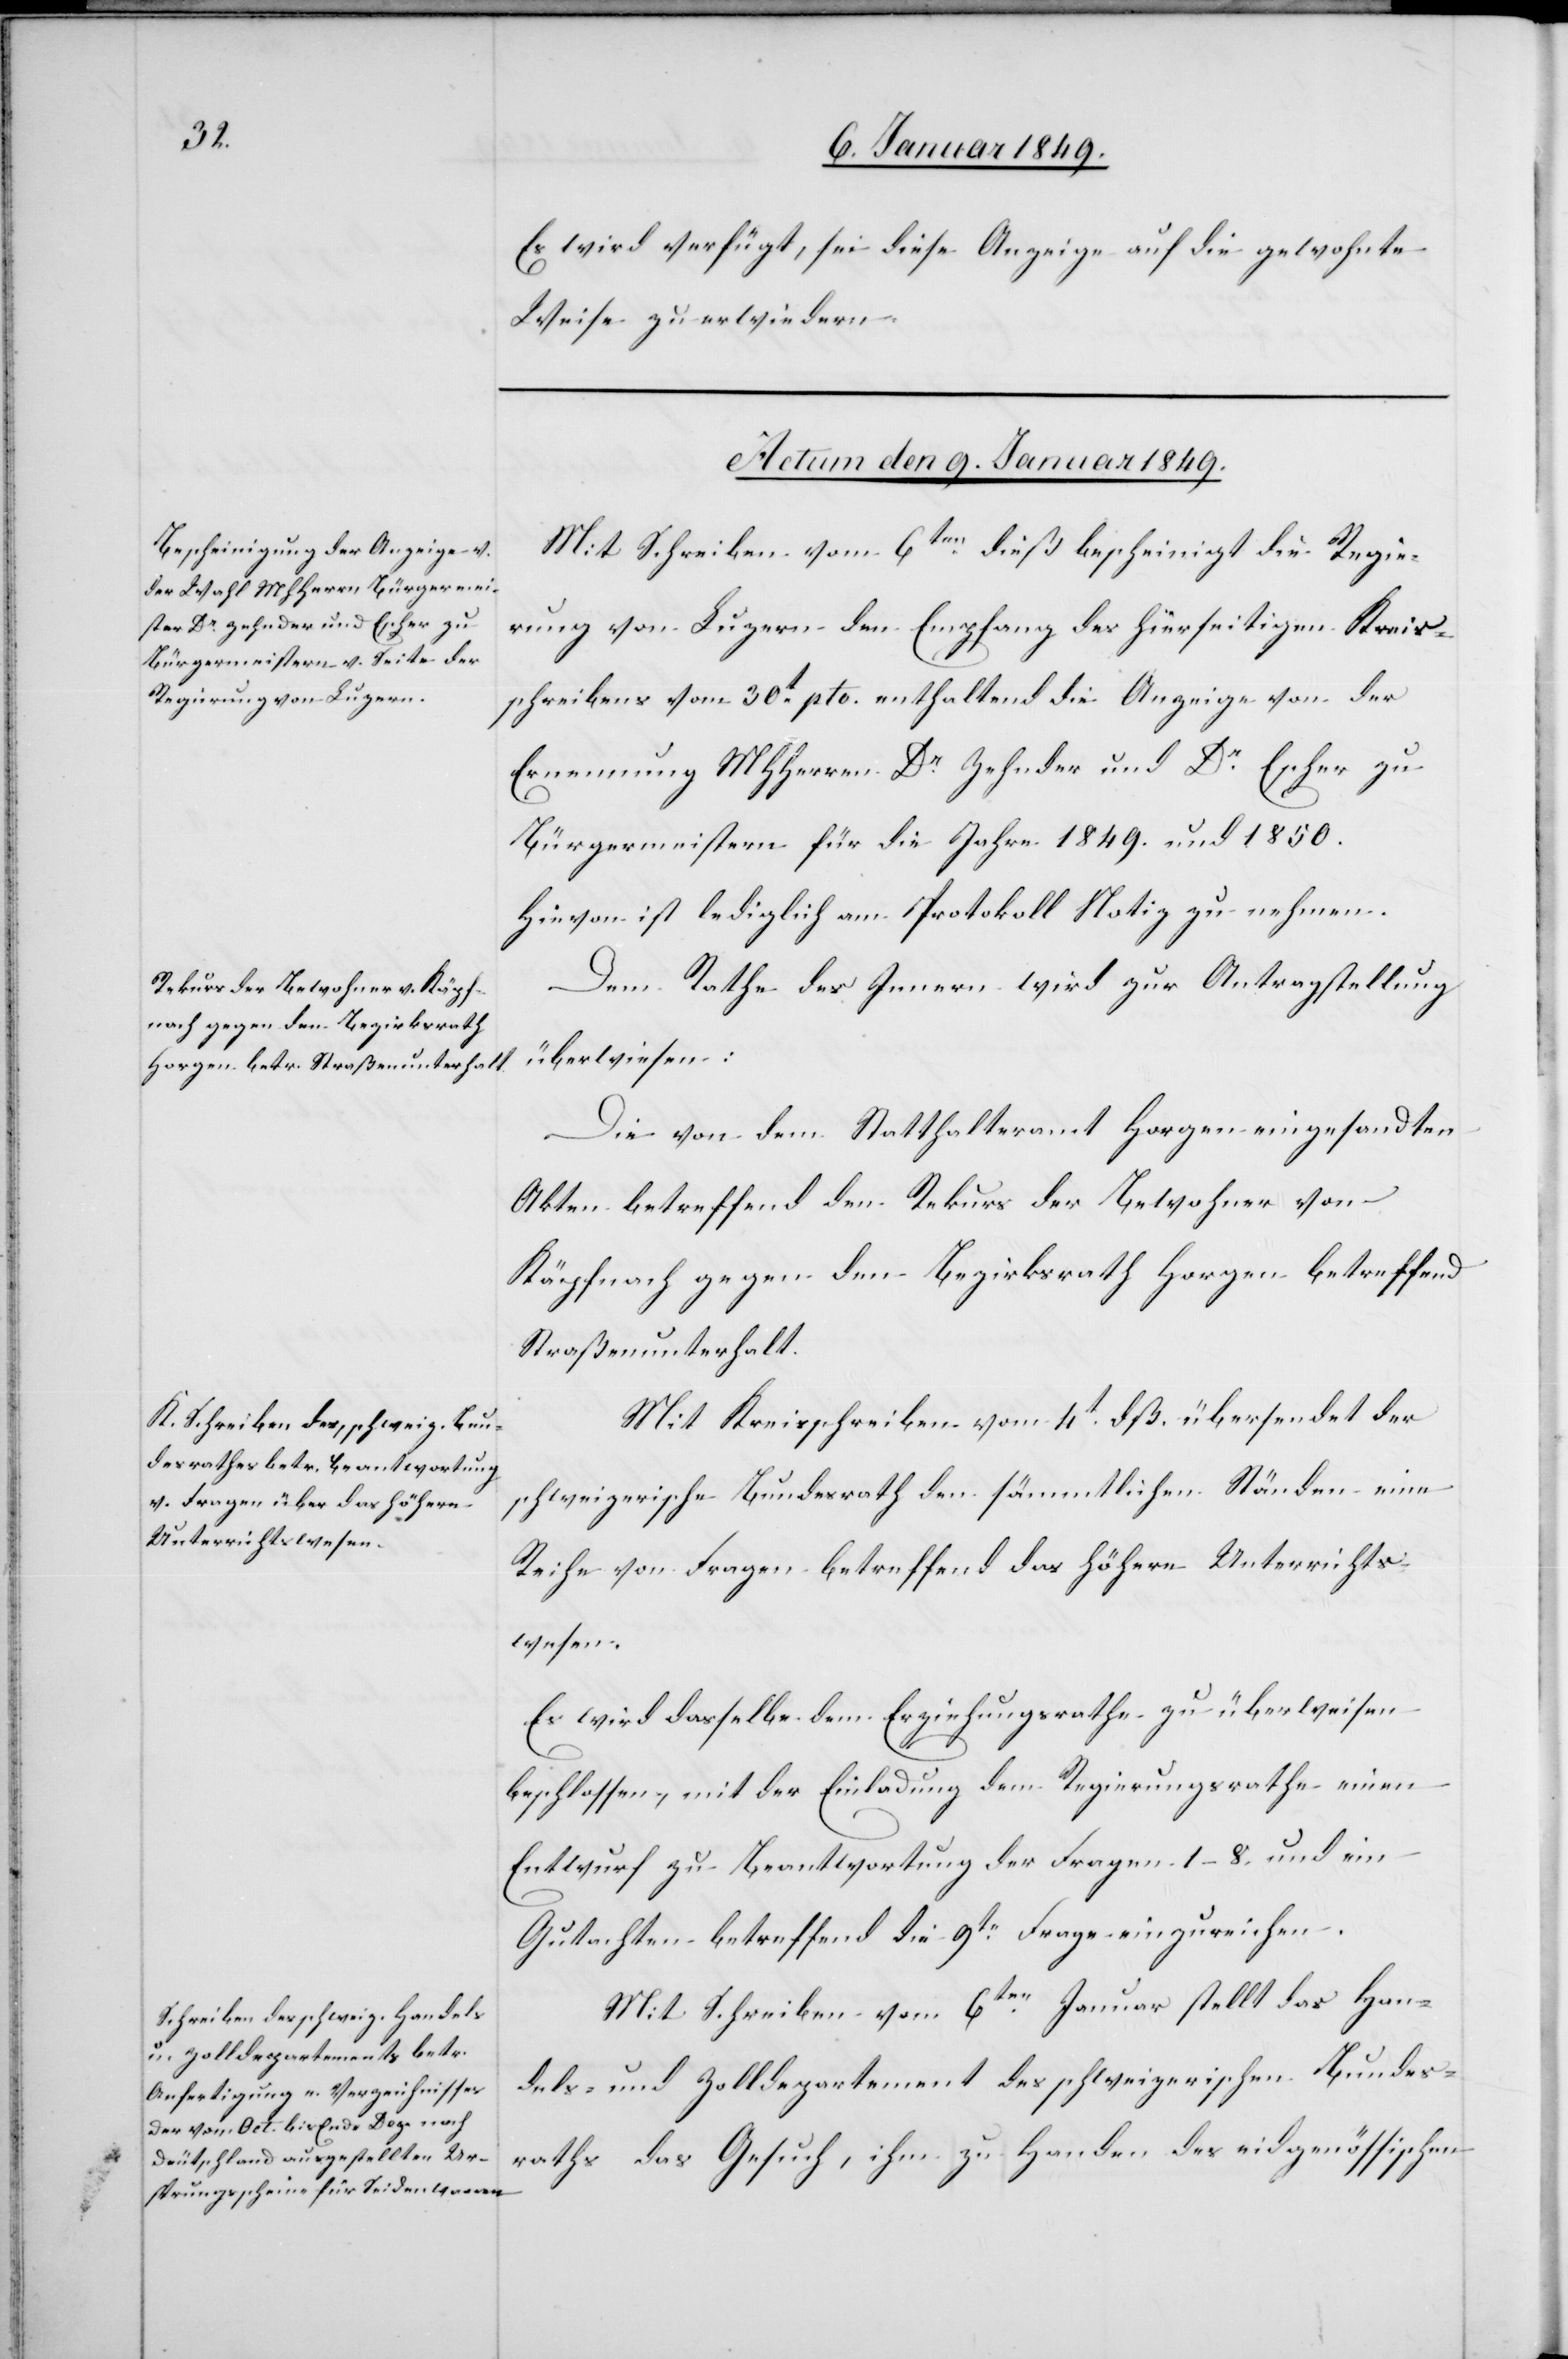
Es wird verfügt, sei diese Anzeige auf die gewohnte
Weise zu erwiedern.
Actum den 9. Januar 1849.]
Mit Schreiben vom 6ten. dieß bescheinigt die Regie¬
rung von Luzern den Empfang des hierseitigen Kreis¬
schreibens vom 30t. pto. enthaltend die Anzeige von der
Ernennung MHHerren Dr. Zehnder und Dr. Escher zu
Bürgermeistern für die Jahre 1849. und 1850.
Hievon ist lediglich am Protokoll Notiz zu nehmen.
Dem Rathe des Innern wird zur Antragstellung
überwiesen:
Die von dem Statthalteramt Horgen eingesandten
Akten betreffend den Rekurs der Bewohner von
Käpfnach gegen den Bezirksrath Horgen betreffend
Straßenunterhalt.
Mit Kreisschreiben vom 4t. dß. übersendet der
schweizerische Bundesrath den sämmtlichen Ständen eine
Reihe von Fragen betreffend das höhere Unterrichts¬
wesen:
Es wird dasselbe dem Erziehungsrathe zu überweisen
beschlossen, mit der Einladung dem Regierungsrathe einen
Entwurf zu Beantwortung der Fragen 1 – 8. und ein
Gutachten betreffend die 9te. Frage einzureichen.
Mit Schreiben vom 6ten. Januar stellt das Han¬
dels- und Zolldepartement des schweizerischen Bundes¬
raths das Gesuch, ihm zu Handen des eidgenössischen